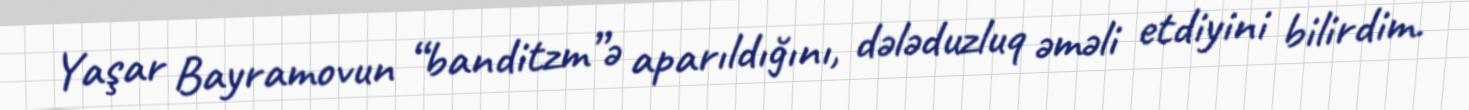
Yaşar Bayramovun “banditzm”ə aparıldığını, dələduzluq əməli etdiyini bilirdim.